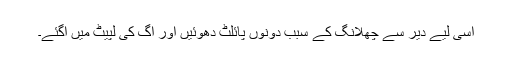
اسی لیے دیر سے چھلانگ کے سبب دونوں پائلٹ دھوئیں اور آگ کی لپیٹ میں آگئے۔